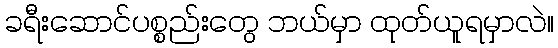
ခရီးဆောင်ပစ္စည်းတွေ ဘယ်မှာ ထုတ်ယူရမှာလဲ။